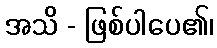
အသိ - ဖြစ်ပါပေ၏၊